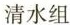
清水组